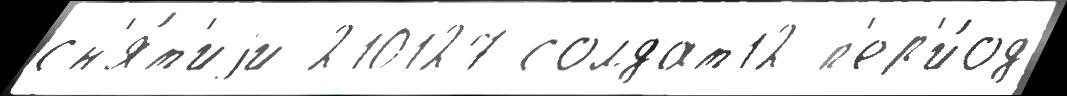
сн'я́т'иjи 210127 солдат12 п'ер'и́од